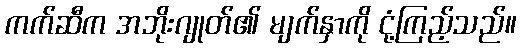
ကက်ဆီက အဘိုးဂျုတ်၏ မျက်နှာကို ငုံ့ကြည့်သည်။